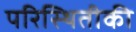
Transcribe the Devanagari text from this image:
परिस्थितीकी